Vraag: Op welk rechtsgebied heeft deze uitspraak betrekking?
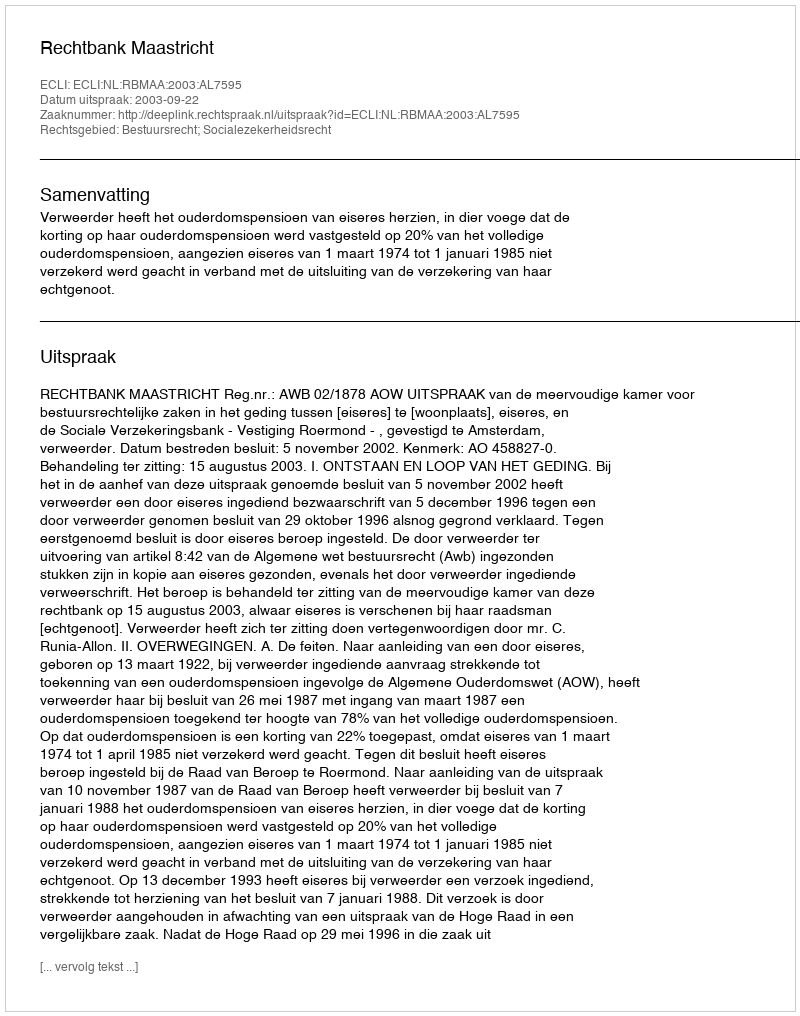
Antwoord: Bestuursrecht; Socialezekerheidsrecht